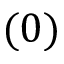
{ ( 0 ) }